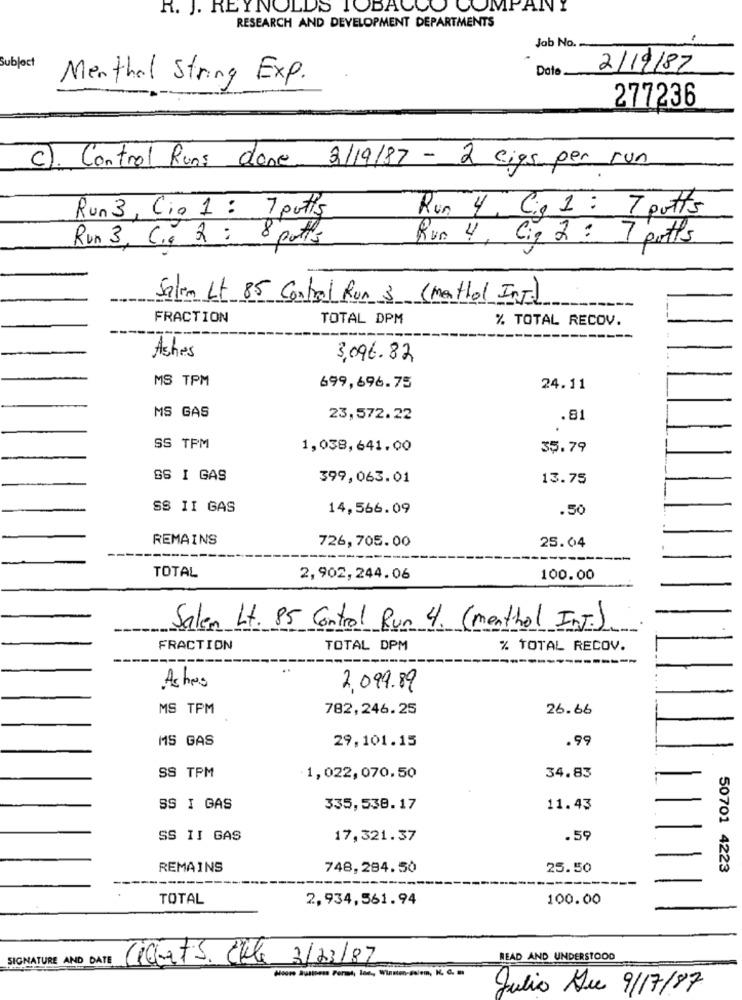
R. J. REYNOLDS TOBACCO COMPA
RESEARCH AND DEVELOPMENT DEPARTMENTS
Job No.
Subject
Date
2/19/87
Menthal String Exp.
277236
C). Control Runs done 3/19/87 - 2 cigs per run
Run 3, Cio 1 : 7 putts
Run 4 , Cig 1 : 7 potts
Run 3, C ., 2 : 8 potts
Run 4, Cip 2 : 7 potts
Salem Lt 85 Control Run 3 (menthol Int.)
FRACTION
TOTAL DPM
% TOTAL RECOV.
Ashes
3,096.82
MS TPM
699,696.75
24.11
MS GAS
23,572.22
.81
SS TPM
1,038,641,00
35.79
SS I GAS
399,063.01
13.75
SS II GAS
14,566.09
.50
REMAINS
25.04
726,705.00
TOTAL
2,902,244.06
100.00
Salen Lt. 85 Control Run 4. (menthol InJ.)
FRACTION
TOTAL DPM
% TOTAL RECOV.
Ashes
2,099.89
MS TPM
782,246.25
26.66
MS GAS
29,101.15
.99
SS TPM
1,022,070.50
34.83
SS I GAS
335,538.17
11.43
SS II GAS
17,321.37
.59
REMAINS
748,284.50
25.50
50701 4223
TOTAL
2,934,561.94
100.00
SIGNATURE AND DATE
Ciarts. Alle 3/23/87
READ AND UNDERSTOOD
Julio Du 9/17/87